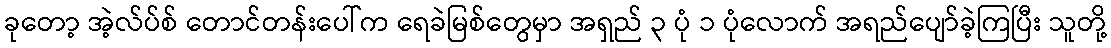
ခုတော့ အဲ့လ်ပ်စ် တောင်တန်းပေါ်က ရေခဲမြစ်တွေမှာ အရှည် ၃ ပုံ ၁ ပုံလောက် အရည်ပျော်ခဲ့ကြပြီး သူတို့